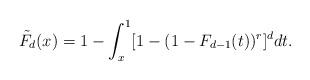
LaTeX: \begin{align*}\tilde{F}_{d}(x)=1-\int^1_x[1-(1-F_{d-1}(t))^{r}]^d dt.\end{align*}